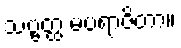
သဗ္ဗတ္ထ မပရာဇိတာ။